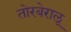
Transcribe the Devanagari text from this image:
तोरबेरालू